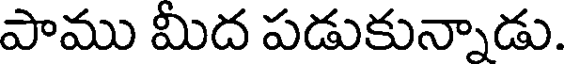
పాము మీద పడుకున్నాడు.